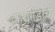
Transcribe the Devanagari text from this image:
कारागंडाची